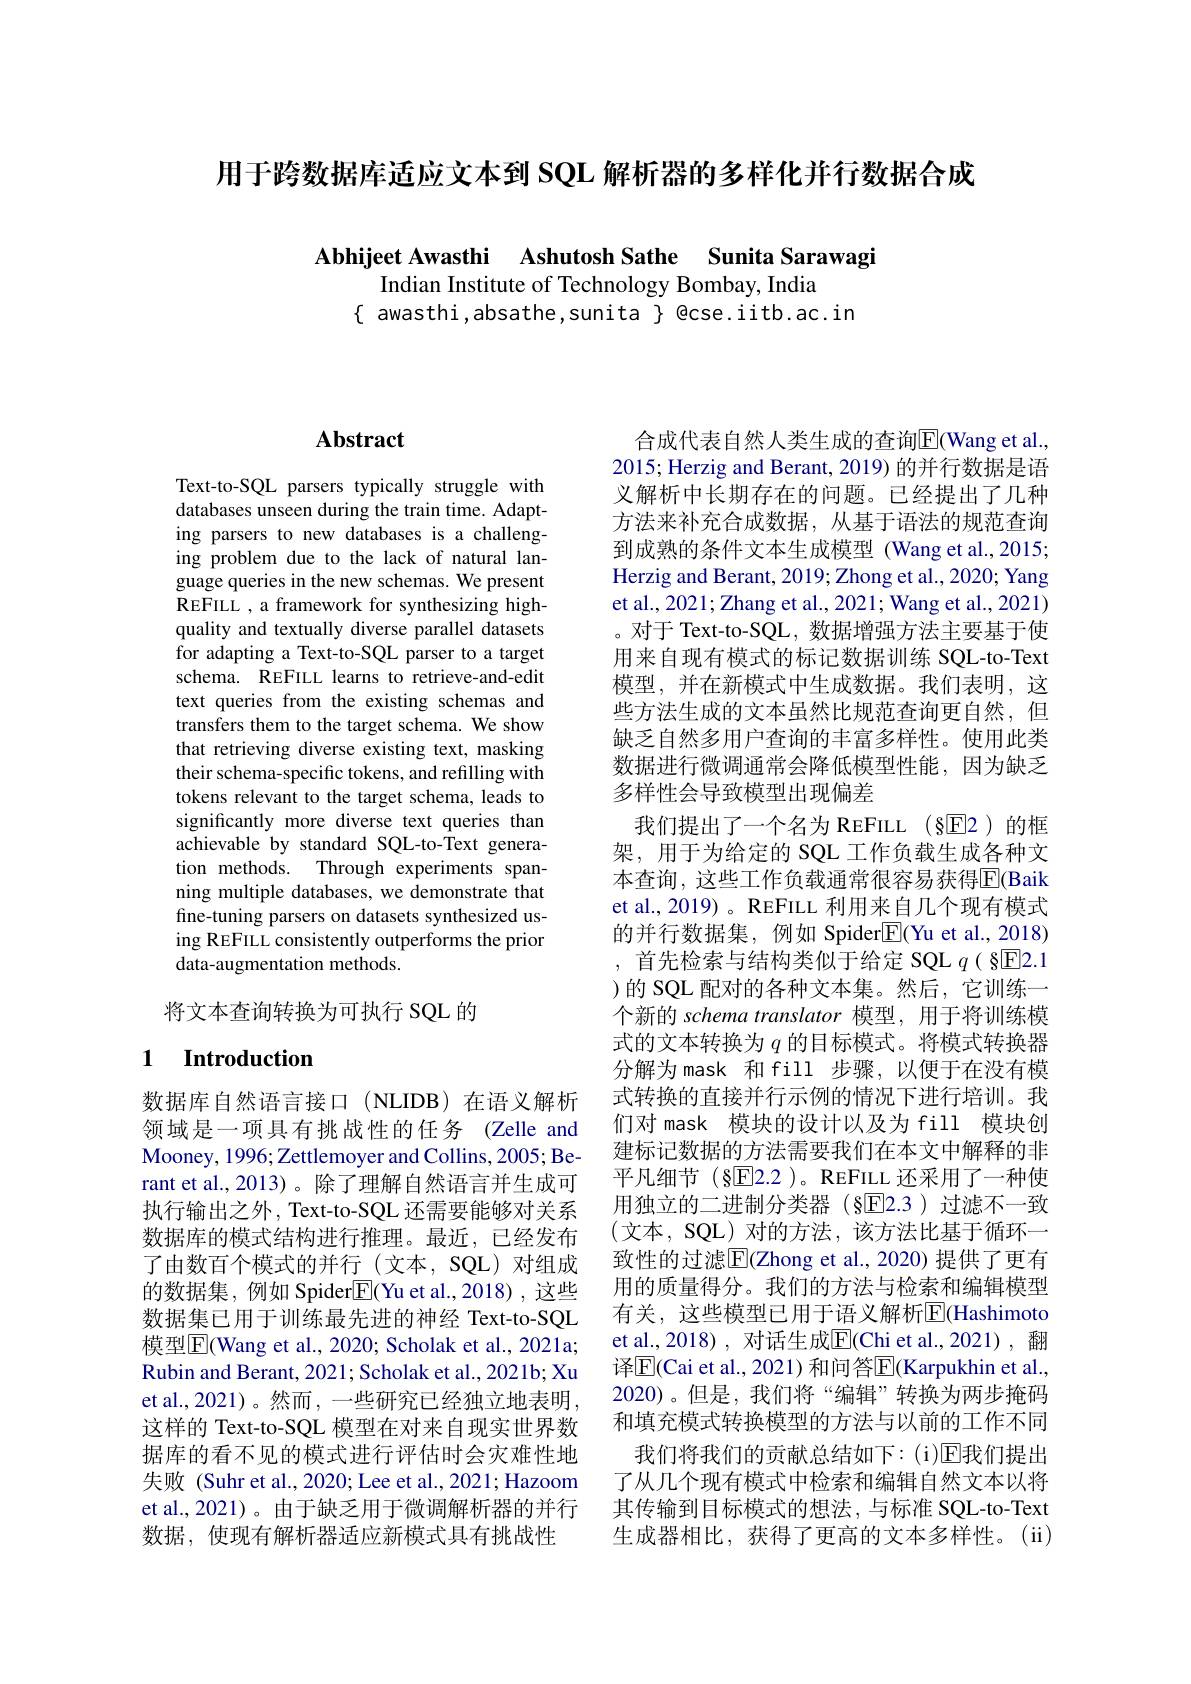
用于跨数据库适应文本到 SQL 解析器的多样化并行数据合成

Abhijeet Awasthi Ashutosh Sathe Sunita Sarawagi

Indian Institute of Technology Bombay, India
$\{$ awasthi, absathe, sunita $\}$ @cse. iitb. ac. in

## $\mathbf{Abstract}$

Text-to-SQL parsers typically struggle with databases unseen during the train time. Adapting parsers to new databases is a challenging problem due to the lack of natural language queries in the new schemas. We present REFILL , a framework for synthesizing highquality and textually diverse parallel datasets for adapting a Text-to-SQL parser to a target schema. REFILL learns to retrieve-and-edit text queries from the existing schemas and transfers them to the target schema. We show that retrieving diverse existing text, masking their schema-specific tokens, and refilling with tokens relevant to the target schema, leads to significantly more diverse text queries than achievable by standard SQL-to-Text generation methods. Through experiments spanning multiple databases, we demonstrate that fine-tuning parsers on datasets synthesized using REFILL consistently outperforms the prior data-augmentation methods.

将文本查询转换为可执行 SQL 的

## 1 $\textbf{Introduction}$

数据库自然语言接口(NLIDB)在语义解析领域是一项具有挑战性的任务 (Zelle and Mooney, 1996; Zettlemoyer and Collins, 2005; Berant et al., 2013)。除了理解自然语言并生成可执行输出之外，Text-to-SQL 还需要能够对关系数据库的模式结构进行推理。最近，已经发布了由数百个模式的并行(文本，SQL)对组成的数据集，例如 Spider$\boxed{\mathrm{F}}($Yu et al.,2018),这些数据集已用于训练最先进的神经 Text-to-SQL 模型$\boxed{\mathrm{F}}($Wang et al., 2020; Scholak et al., 2021a; Rubin and Berant, 2021; Scholak et al., 2021b; Xu et al., 2021)。然而，一些研究已经独立地表明， 这样的 Text-to-SQL 模型在对来自现实世界数据库的看不见的模式进行评估时会灾难性地失败 (Suhr et al., 2020; Lee et al., 2021; Hazoom et al.,2021)。由于缺乏用于微调解析器的并行数据，使现有解析器适应新模式具有挑战性

合成代表自然人类生成的查询$\overline{\mathrm{E}}($Wang et al., 2015; Herzig and Berant, 2019) 的并行数据是语义解析中长期存在的问题。已经提出了几种方法来补充合成数据，从基于语法的规范查询到成熟的条件文本生成模型 (Wang et al.,2015; Herzig and Berant, 2019; Zhong et al., 2020; Yang et al., 2021; Zhang et al., 2021; Wang et al., 2021) 。对于 Text-to-SQL, 数据增强方法主要基于使用来自现有模式的标记数据训练 SQL-to-Text 模型，并在新模式中生成数据。我们表明，这些方法生成的文本虽然比规范查询更自然，但缺乏自然多用户查询的丰富多样性。使用此类数据进行微调通常会降低模型性能，因为缺乏多样性会导致模型出现偏差
我们提出了一个名为 REFILL(§E2)的框架，用于为给定的 SQL 工作负载生成各种文本查询，这些工作负载通常很容易获得$\overline{\mathbb{E}}($Baik et al., 2019)。REFILL 利用来自几个现有模式的并行数据集，例如 Spider$\underline{\mathrm{E}}($Yu et al.,2018) ,首先检索与结构类似于给定 SQL $q(\S$E2.1 )的 SQL 配对的各种文本集。然后，它训练一个新的 schema translator 模型，用于将训练模式的文本转换为$q$的目标模式。将模式转换器分解为mask 和 fill 步骤，以便于在没有模式转换的直接并行示例的情况下进行培训。我们对 mask 模块的设计以及为 fill 模块创建标记数据的方法需要我们在本文中解释的非平凡细节(§回2.2)。REFILL 还采用了一种使用独立的二进制分类器(§E2.3)过滤不一致(文本，SQL)对的方法，该方法比基于循环一致性的过滤$\overline{\mathrm{E}}($Zhong et al.,2020) 提供了更有用的质量得分。我们的方法与检索和编辑模型有关，这些模型已用于语义解析$\overline{\mathbb{E}}($Hashimoto et al.,2018) , 对话生成$\overline{\mathrm{E}}($Chi et al.,2021) ,翻译$\overline{\mathrm{E}}$(Cai et al., 2021) 和问答$\overline{\mathrm{E}}$(Karpukhin et al., 2020)。但是，我们将“编辑”转换为两步掩码和填充模式转换模型的方法与以前的工作不同
我们将我们的贡献总结如下：(i)E我们提出了从几个现有模式中检索和编辑自然文本以将其传输到目标模式的想法，与标准 SQL-to-Text 生成器相比，获得了更高的文本多样性。(ii)